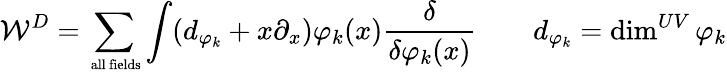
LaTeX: {\cal W}^{D}=\sum_{\mathrm{\scriptsize~all~fields}}\int(d_{\varphi_{k}}+x\partial_{x})\varphi_{k}(x){\frac{\delta}{\delta\varphi_{k}(x)}}\qquad d_{\varphi_{k}}=\dim^{UV}{\varphi_{k}}